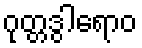
ဂုတ္တဒွါရောဝ